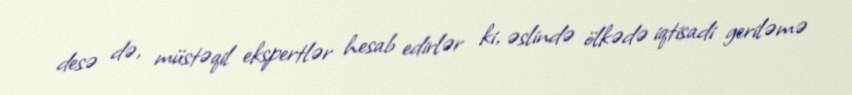
desə də, müstəqil ekspertlər hesab edirlər ki, əslində ölkədə iqtisadi geriləmə